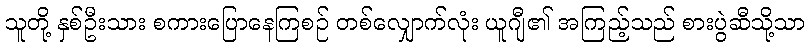
သူတို့ နှစ်ဦးသား စကားပြောနေကြစဉ် တစ်လျှောက်လုံး ယူဂျီ၏ အကြည့်သည် စားပွဲဆီသို့သာ